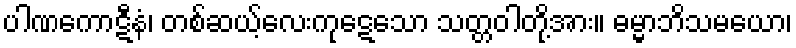
ပါဏကောဋီနံ၊ တစ်ဆယ့်လေးကုဋေသော သတ္တဝါတို့အား။ ဓမ္မာဘိသမယော၊